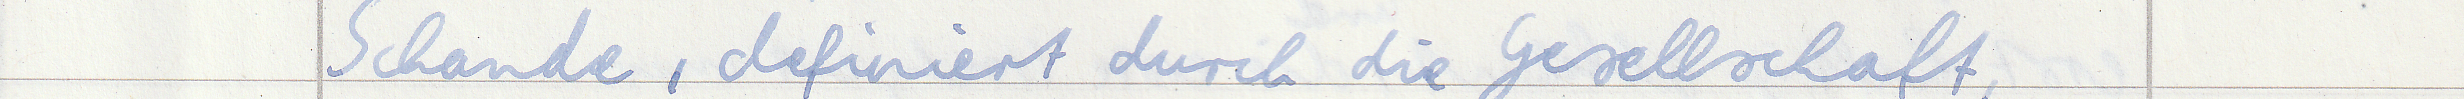
Schande, definiert durch die Gesellschaft